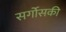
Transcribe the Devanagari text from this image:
सर्गोसकी